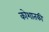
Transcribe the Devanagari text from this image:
कोशातकी